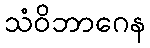
သံဝိဘာဂေန